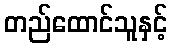
တည်ထောင်သူနှင့်